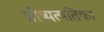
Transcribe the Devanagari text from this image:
प्रोष्यत्पतिका